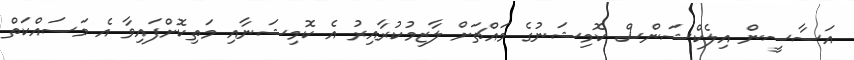
އަސާސީން އިލެކްޝަންސް ކޮމިޝަނުގެ މައްޗަށް ލާޒިމުކުރާއިރު އެ ކޮމިޝަނާއި މަތިކޮށްފައިވާ އެ މަސައްކަތް